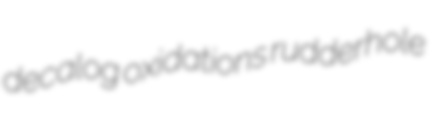
decalog oxidations rudderhole